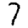
Digit: 7